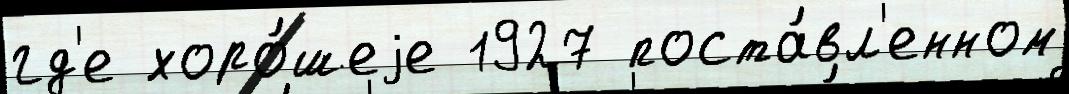
гд'е хоро́шеjе 1927 поста́вл'енном